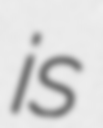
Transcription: is